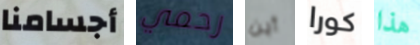
أجسامنا رحمي أين كورا هذا